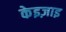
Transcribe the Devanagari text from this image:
केइज़ाइ